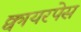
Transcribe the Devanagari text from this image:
क्वायरपेस